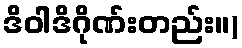
ဒိဝါဒိဂိုဏ်းတည်း။)